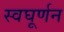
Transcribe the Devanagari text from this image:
स्वघूर्णन